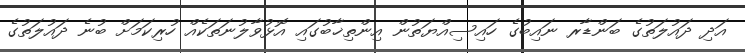
އަދި ދައުލަތުގެ ބަންޑާރ ނައިބުގެ ހައިސިއްޔަތުން އިންތިޚާބުގައި އޮޅުވާލުނަތަކެއް ހުރިކަމަށް ބުނެ ދައުލަތުގެ